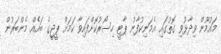
މައުމޫން ވިދާޅުވި ގޮތުގައި އެމަނިކުފާނު ޕާޓީ ހިސޯރުކޮށްފައިވާ ކަމަށް ޕީޖީގެ ބައެއް މެންބަރުން